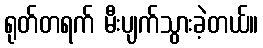
ရုတ်တရက် မီးပျက်သွားခဲ့တယ်။